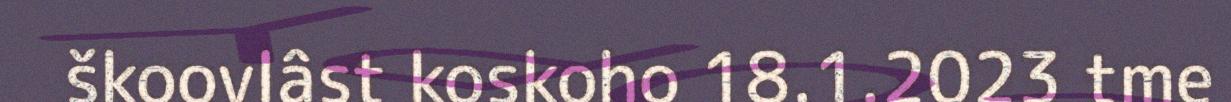
škoovlâst koskoho 18.1.2023 tme